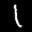
Label: 1